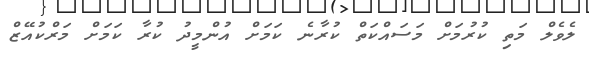
ލެވެލް މަތި ކުރުމަށް މަސައްކަތް ކުރާނެ ކަމަށް އުންމީދު ކުރާ ކަމަށް މަރްކުއޭޒް